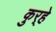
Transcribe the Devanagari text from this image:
कुर्‍हे